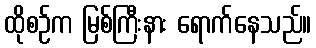
ထိုစဉ်က မြစ်ကြီးနား ရောက်နေသည်။